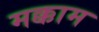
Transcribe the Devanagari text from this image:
मक्काम